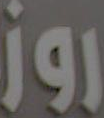
روز